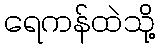
ရေကန်ထဲသို့